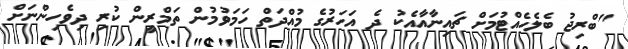
"ބްރިޖު ބެލެހެއްޓުމަށް ޗައިނާއާއެކު ދެ އަހަރުގެ މުއްދަތް ހަމަވުމުން ތަމްރީން ކުރި ދިވެހިންނަށް